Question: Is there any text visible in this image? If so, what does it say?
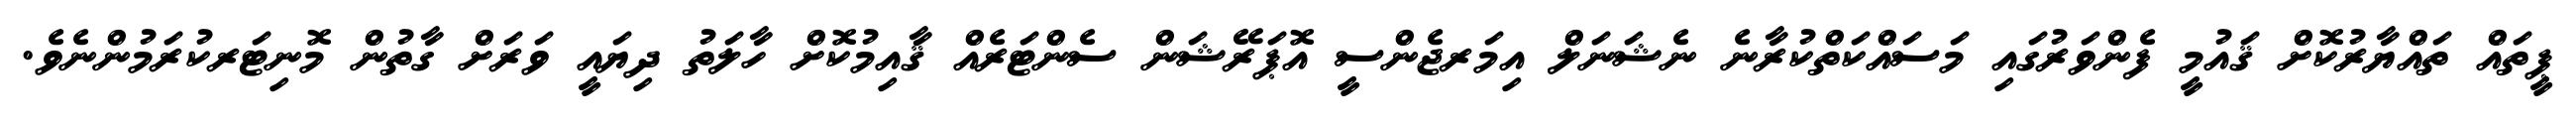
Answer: ޕީތައް ތައްޔާރުކޮށް ޤައުމީ ފެންވަރުގައި މަސައްކަތްކުރާނެ ނެޝަނަލް އިމަރޖެންސީ އޮޕަރޭޝަން ސެންޓަރެއް ޤާއިމުކޮށް ހާލަތު ދިޔައީ ވަރަށް ގާތުން މޮނިޓަރކުރަމުންނެވެ.